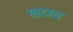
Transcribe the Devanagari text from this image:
सस्दस्य